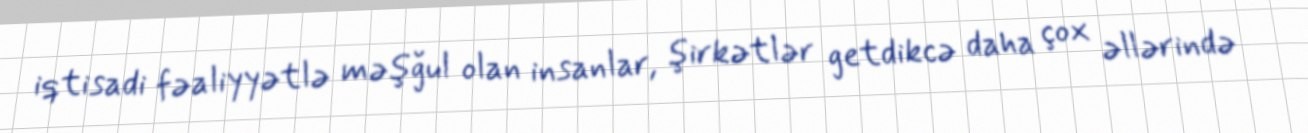
iqtisadi fəaliyyətlə məşğul olan insanlar, şirkətlər getdikcə daha çox əllərində